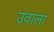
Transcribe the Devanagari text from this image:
उवाला